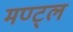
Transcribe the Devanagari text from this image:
मण्ट्ल